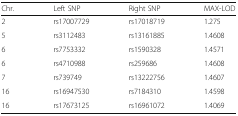
<table><thead><tr><td><b>Chr.</b></td><td><b>Left SNP</b></td><td><b>Right SNP</b></td><td><b>MAX-LOD</b></td></tr></thead><tbody><tr><td>2</td><td>rs17007729</td><td>rs17018719</td><td>1.275</td></tr><tr><td>5</td><td>rs3112483</td><td>rs13161885</td><td>1.4608</td></tr><tr><td>6</td><td>rs7753332</td><td>rs1590328</td><td>1.4571</td></tr><tr><td>6</td><td>rs4710988</td><td>rs259686</td><td>1.4608</td></tr><tr><td>7</td><td>rs739749</td><td>rs13222756</td><td>1.4607</td></tr><tr><td>16</td><td>rs16947530</td><td>rs7184310</td><td>1.4598</td></tr><tr><td>16</td><td>rs17673125</td><td>rs16961072</td><td>1.4069</td></tr></tbody></table>